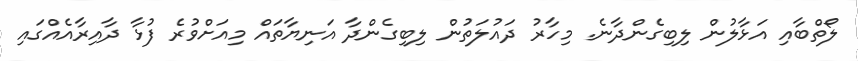
ލޯތްބާއި އަޅާލުން ލިބިގެންދާނެ. މިހާރު ދައުލަތުން ލިބިގެންދާ އަނިޔާތައް މިއަށްވުރެ ފުޅާ ދާއިރާއެއްގައި